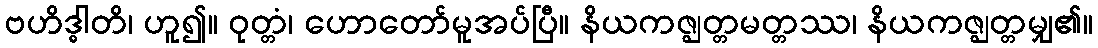
ဗဟိဒ္ဓါတိ၊ ဟူ၍။ ဝုတ္တံ၊ ဟောတော်မူအပ်ပြီ။ နိယကဇ္ဈတ္တမတ္တဿ၊ နိယကဇ္ဈတ္တမျှ၏။